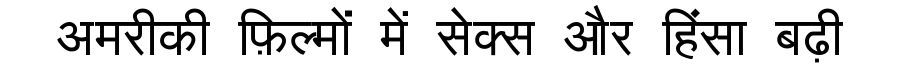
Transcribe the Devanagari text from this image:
अमरीकी फ़िल्मों में सेक्स और हिंसा बढ़ी